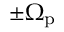
\pm \Omega _ { \mathrm { p } }